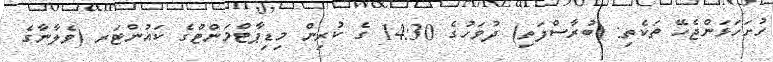
ހުށަހަޅަންޖެހޭ ތަކެތި: (ބުރާސްފަތި) ދުވަހުގެ 14:30 ގެ ކުރިން މިޑިޕާޓްމަންޓްގެ ކައުންޓަރ (ވެލާނާގެ